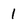
Character: 1